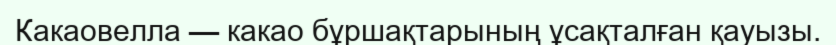
Какаовелла — какао бұршақтарының ұсақталған қауызы.